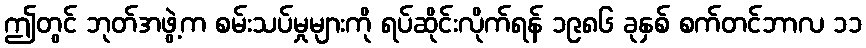
ဤတွင် ဘုတ်အဖွဲ့က စမ်းသပ်မှုများကို ရပ်ဆိုင်းလိုက်ရန် ၁၉၈၆ ခုနှစ် စက်တင်ဘာလ ၁၁